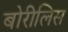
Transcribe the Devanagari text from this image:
बोरीलिस